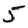
Digit: 5